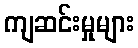
ကျဆင်းမှုများ